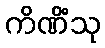
ကိဏိံသု